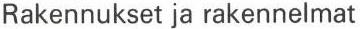
Rakennukset ja rakennelmat